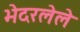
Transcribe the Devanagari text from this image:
भेदरलेले